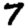
Digit: 7